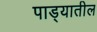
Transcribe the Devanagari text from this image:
पाड्यातील